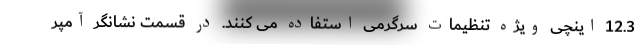
12.3 اینچی ویژه تنظیمات سرگرمی استفاده می کنند. در قسمت نشانگر آمپر